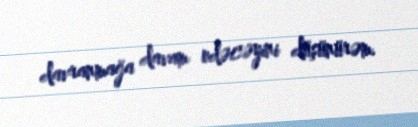
davranmağa davam edəcəyini düşünürəm.